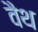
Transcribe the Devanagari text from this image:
वैथ